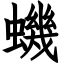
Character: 蟣